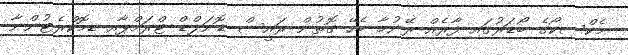
މެކްސިކޯގެ ބޯޑަރުގައި ފާރެއް ރޭނުމާ ބެހޭ ގޮތުން ރައީސް ޑޮނަލްޑް ޓްރަމްޕާއި ޑިމޮކްރެޓުންނާ